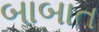
બાબાત